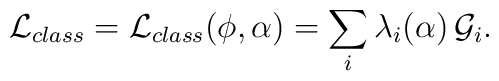
{\cal L}_{class}={\cal L}_{class}(\phi,\alpha)=\sum_i \lambda_i(\alpha) \,{\cal G}_i.